Senior Leaving Certificate Examination (including Day School Certificate (Higher) General paper), 1946
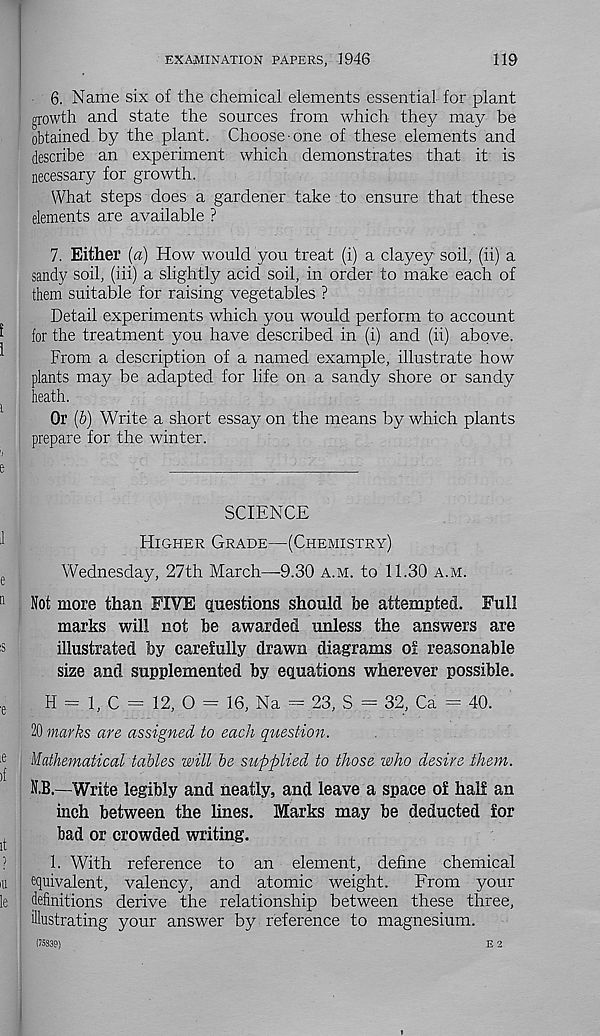
EXAMINATION PAPERS, 1946
119
6. Name six of the chemical elements essential for plant
growth and state the sources from which they may be
obtained by the plant. Choose-one of these elements and
describe an experiment which demonstrates that it is
necessary for growth.
What steps does a gardener take to ensure that these
elements are available ?
7. Either (a) How would you treat (i) a clayey soil, (ii) a
sandy soil, (iii) a slightly acid soil, in order to make each of
them suitable for raising vegetables ?
Detail experiments which you would perform to account
for the treatment you have described in (i) and (ii) above.
From a description of a named example, illustrate how
plants may be adapted for life on a sandy shore or sandy
heath.
Or (b) Write a short essay on the means by which plants
prepare for the winter.
SCIENCE
Higher Grade—(Chemistry)
Wednesday, 27th March—9.30 a.m. to 11.30 a.m.
Not more than FIVE questions should be attempted. Full
marks will not be awarded unless the answers are
illustrated by carefully drawn diagrams of reasonable
size and supplemented by equations wherever possible.
H = 1, C = 12, O = 16, Na = 23, S = 32, Ca = 40.
20 marks are assigned to each question.
Mathematical tables will be supplied to those who desire them.
N.B.—Write legibly and neatly, and leave a space of half an
inch between the lines. Marks may be deducted for
bad or crowded writing.
1. With reference to an element, define chemical
equivalent, valency, and atomic weight.
From your
definitions derive the relationship between these three,
illustrating your answer by reference to magnesium.